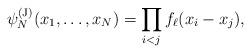
LaTeX: \begin{align*} \psi_N^{(\mathrm{J})}(x_1,\dots,x_N)= \prod_{i<j} f_\ell(x_i-x_j),\end{align*}